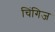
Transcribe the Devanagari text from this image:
चिंगिज